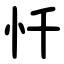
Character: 忏